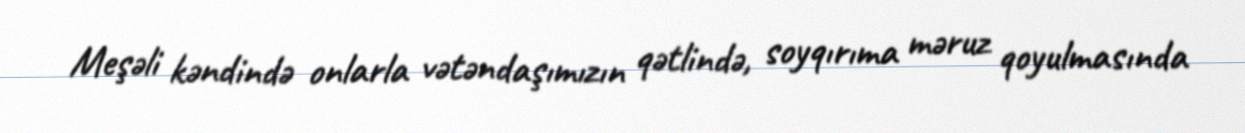
Meşəli kəndində onlarla vətəndaşımızın qətlində, soyqırıma məruz qoyulmasında